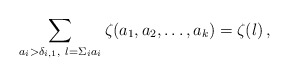
\begin{align*}\sum_{a_i>\delta_{i,1},\ l=\Sigma_i a_i}\zeta(a_1,a_2,\ldots,a_k)=\zeta(l)\,,\end{align*}